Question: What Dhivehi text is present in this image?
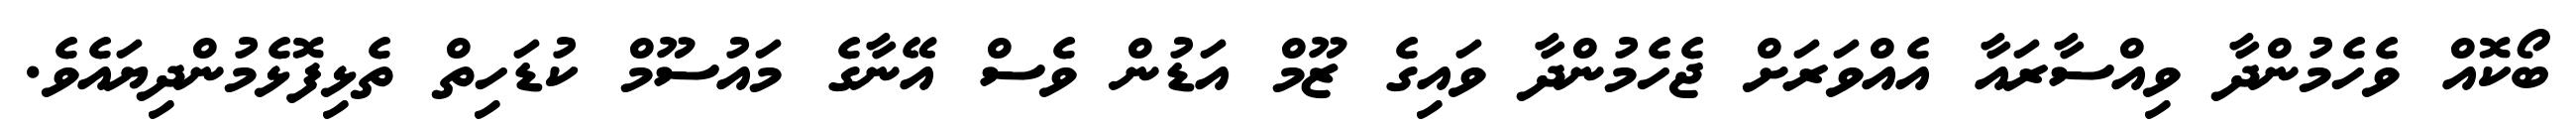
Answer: ބޯކޮއް ވެހެމުންދާ ވިއްސާރައާ އެއްވަރަށް ޖެހެމުންދާ ވައިގެ ޒޫމް އަޑުން ވެސް އޭނާގެ މައުސޫމް ކުޑަހިތް ތެޅިފޮޅެމުންދިޔައެވެ.